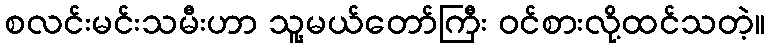
စလင်းမင်းသမီးဟာ သူ့မယ်တော်ကြီး ဝင်စားလို့ထင်သတဲ့။